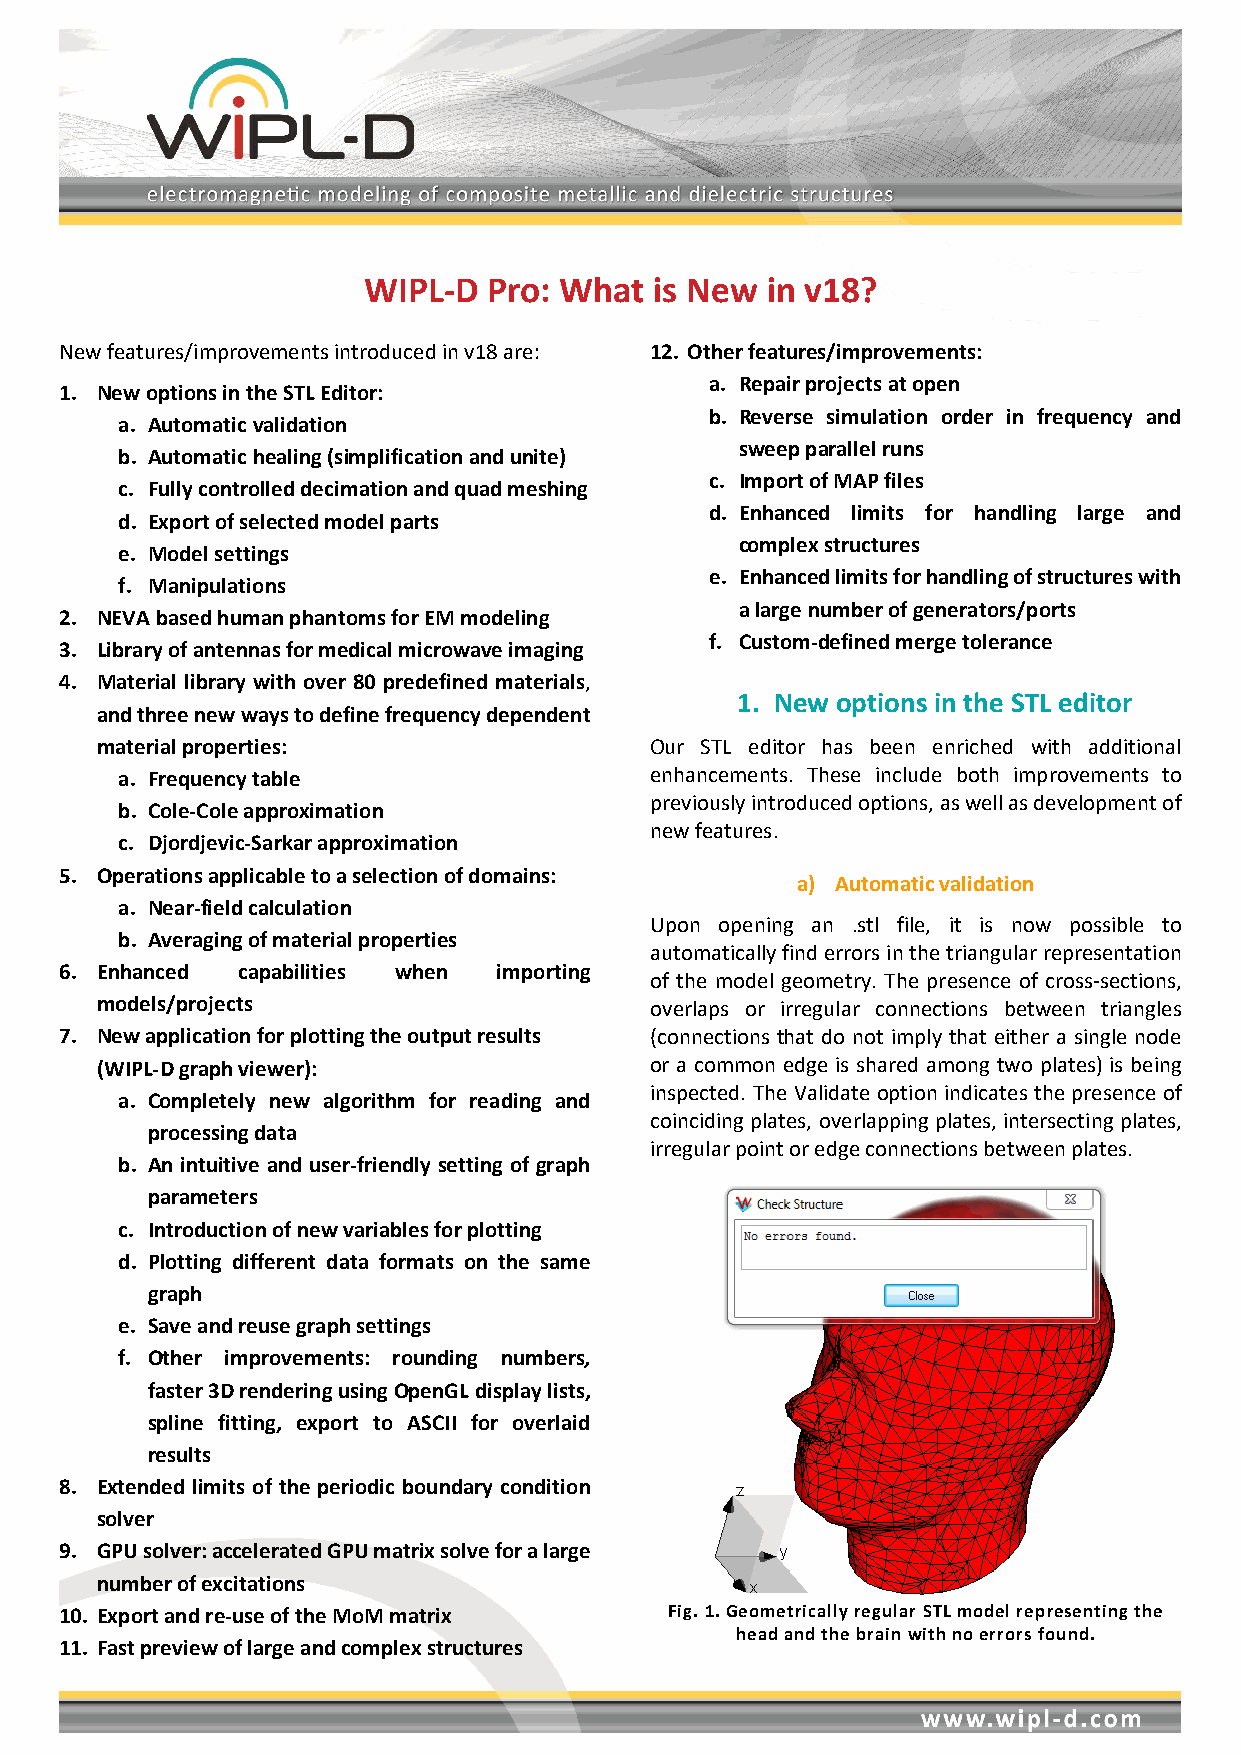
WIPL-D  Pro: What  is New  in v18?
 New features/improvements introduced in v18 are: 12. Other features/improvements:
 a. Repair projects at open
 1. New options in the STL Editor:
 b. Reverse simulation order in frequency and
 a. Automatic validation
 sweep parallel runs
 b. Automatic healing (simplification and unite)
 c. Import of MAP files
 c. Fully controlled decimation and quad meshing
 d. Enhanced limits for handling large and
 d. Export of selected model parts
 complex structures
 e. Model settings
 e. Enhanced limits for handling of structures with
 f. Manipulations
 a large number of generators/ports
 2. NEVA based human phantoms for EM modeling
 f. Custom-defined merge tolerance
 3. Library of antennas for medical microwave imaging
 4. Material library with over 80 predefined materials,
 1. New options in the STL editor
 and three new ways to define frequency dependent
 material properties:                 Our STL editor has been enriched with additional
 a. Frequency table                 enhancements. These include both improvements to
 previously introduced options, as well as development of
 b. Cole-Cole approximation
 new features.
 c. Djordjevic-Sarkar approximation
 5. Operations applicable to a selection of domains:
 a) Automatic validation
 a. Near-field calculation
 Upon opening an .stl file, it is now possible to
 b. Averaging of material properties
 automatically find errors in the triangular representation
 6. Enhanced capabilities when importing
 of the model geometry. The presence of cross-sections,
 models/projects                      overlaps or irregular connections between triangles
 7. New application for plotting the output results (connections that do not imply that either a single node
 (WIPL-D graph viewer):               or a common edge is shared among two plates) is being
 inspected. The Validate option indicates the presence of
 a. Completely new algorithm for reading and
 coinciding plates, overlapping plates, intersecting plates,
 processing data
 irregular point or edge connections between plates.
 b. An intuitive and user-friendly setting of graph
 parameters
 c. Introduction of new variables for plotting
 d. Plotting different data formats on the same
 graph
 e. Save and reuse graph settings
 f. Other improvements: rounding numbers,
 faster 3D rendering using OpenGL display lists,
 spline fitting, export to ASCII for overlaid
 results
 8. Extended limits of the periodic boundary condition
 solver
 9. GPU solver: accelerated GPU matrix solve for a large
 number of excitations
 10. Export and re-use of the MoM matrix Fig. 1. Geometrically regular STL model representing the
 head and the brain with no errors found.
 11. Fast preview of large and complex structures